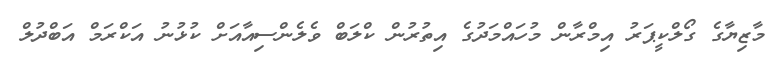
މާޒިޔާގެ ގޯލްކީޕަރު އިމްރާން މުހައްމަދުގެ އިތުރުން ކްލަބް ވެލެންސިއާއަށް ކުޅުނު އަކްރަމް އަބްދުލް